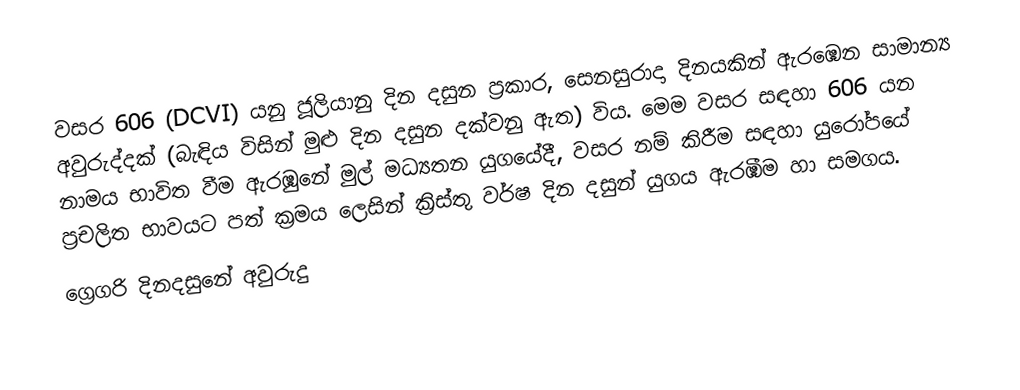
වසර  606 (DCVI) යනු ජූලියානු දින දසුන ප්‍රකාර,   සෙනසුරාදා දිනයකින් ඇරඹෙන සාමාන්‍ය අවුරුද්දක් (බැඳිය විසින් මුළු දින දසුන දක්වනු ඇත) විය. මෙම වසර සඳහා 606 යන නාමය භාවිත වීම ඇරඹුනේ මුල් මධ්‍යතන යුගයේදී, වසර නම් කිරීම සඳහා යුරෝපයේ ප්‍රචලිත භාවයට පත් ක්‍රමය ලෙසින් ක්‍රිස්තු වර්ෂ දින දසුන් යුගය ඇරඹීම හා සමගය.
ග්‍රෙගරි දිනදසුනේ අවුරුදු